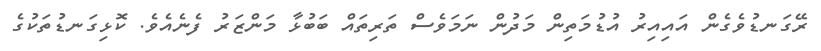
ރޭގަނޑުވެގެން އައިއިރު އުޑުމަތިން މަދުން ނަމަވެސް ތަރިތައް ބަބުޅާ މަންޒަރު ފެނެއެވެ. ކޮޅިގަނޑުތަކުގެ